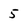
Character: 5